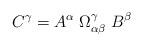
LaTeX: \begin{align*}C^{\gamma}= A^{\alpha} \; \Omega_{\alpha \beta}^{\gamma}\; B^{\beta}\end{align*}